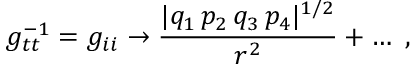
g _ { t t } ^ { - 1 } = g _ { i i } \rightarrow { \frac { | q _ { 1 } \, p _ { 2 } \, q _ { 3 } \, p _ { 4 } | ^ { 1 / 2 } } { r ^ { 2 } } } + \dots \ ,